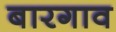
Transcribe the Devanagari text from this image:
बारगाव